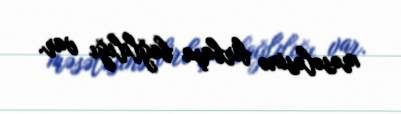
məsələsinə birbaşa bağlılığı var.